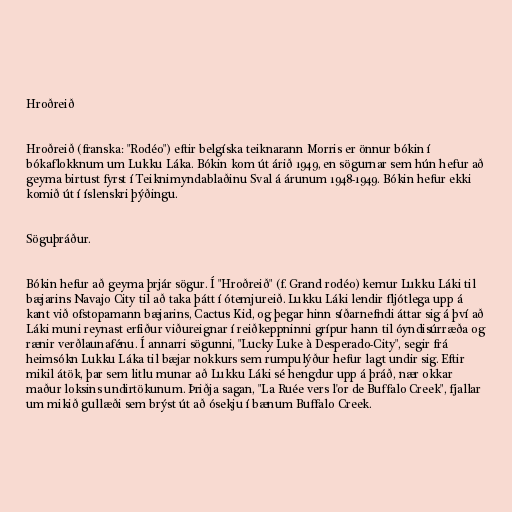
Hroðreið

Hroðreið (franska: "Rodéo") eftir belgíska teiknarann Morris er önnur bókin í
bókaflokknum um Lukku Láka. Bókin kom út árið 1949, en sögurnar sem hún hefur að
geyma birtust fyrst í Teiknimyndablaðinu Sval á árunum 1948-1949. Bókin hefur ekki
komið út í íslenskri þýðingu.

Söguþráður.

Bókin hefur að geyma þrjár sögur. Í "Hroðreið" (f. Grand rodéo) kemur Lukku Láki til
bæjarins Navajo City til að taka þátt í ótemjureið. Lukku Láki lendir fljótlega upp á
kant við ofstopamann bæjarins, Cactus Kid, og þegar hinn síðarnefndi áttar sig á því að
Láki muni reynast erfiður viðureignar í reiðkeppninni grípur hann til óyndisúrræða og
rænir verðlaunafénu. Í annarri sögunni, "Lucky Luke à Desperado-City", segir frá
heimsókn Lukku Láka til bæjar nokkurs sem rumpulýður hefur lagt undir sig. Eftir
mikil átök, þar sem litlu munar að Lukku Láki sé hengdur upp á þráð, nær okkar
maður loksins undirtökunum. Þriðja sagan, "La Ruée vers l'or de Buffalo Creek", fjallar
um mikið gullæði sem brýst út að ósekju í bænum Buffalo Creek.